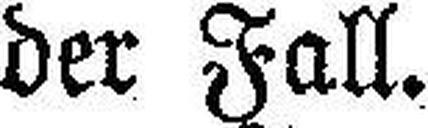
der Fall.